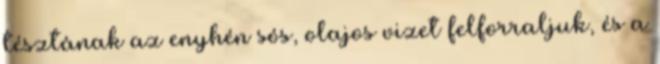
tésztának az enyhén sós, olajos vizet felforraljuk, és a